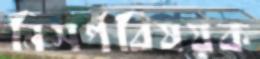
নিসর্গবিষয়ক